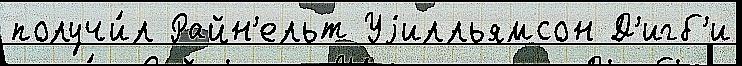
получи́л Райн'ельт Уjилльямсон Д'игб'и